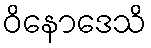
ဝိနောဒေသိ